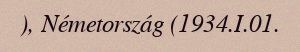
), Németország (1934.I.01.